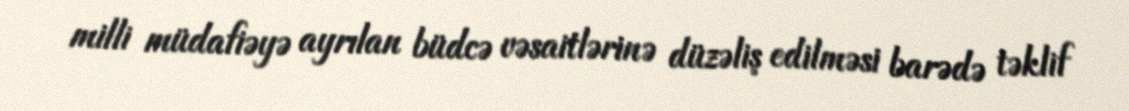
milli müdafiəyə ayrılan büdcə vəsaitlərinə düzəliş edilməsi barədə təklif